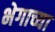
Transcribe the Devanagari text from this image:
भेगाच्या